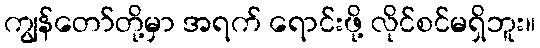
ကျွန်တော်တို့မှာ အရက် ရောင်းဖို့ လိုင်စင်မရှိဘူး။